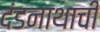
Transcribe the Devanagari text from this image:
दंडनाथाची